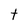
Character: t